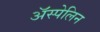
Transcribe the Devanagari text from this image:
अॅस्पेलिन